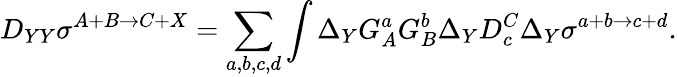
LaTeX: D_{YY}\sigma^{A+B\rightarrow C+X}=\sum_{a,b,c,d}\int\Delta_{Y}G_{A}^{a}G_{B}^{b}\Delta_{Y}D_{c}^{C}\Delta_{Y}\sigma^{a+b\rightarrow c+d}.